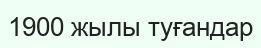
1900 жылы туғандар